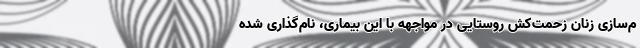
م‌سازی زنان زحمت‌کش روستایی در مواجهه با این بیماری، نام‌گذاری شده